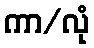
ကာ/လုံ